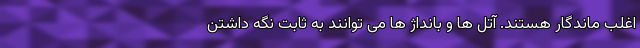
اغلب ماندگار هستند. آتل ها و بانداژ ها می توانند به ثابت نگه داشتن